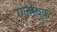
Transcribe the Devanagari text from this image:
एल्मब्रुक